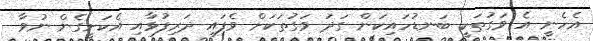
އެހެނީ އެ ވަގުތަކީ ބަނޑުހައިކަން ގަދަ ވަގުތަކަށް ވެފައި ދަރިފުޅާއި އެކަށީގެން ނުވާ